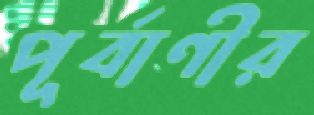
পূর্বাণীর